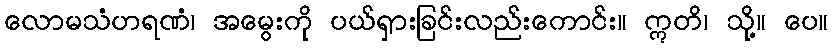
လောမသံဟရဏံ၊ အမွေးကို ပယ်ရှားခြင်းလည်းကောင်း။ ဣတိ၊ သို့။ ပေ။